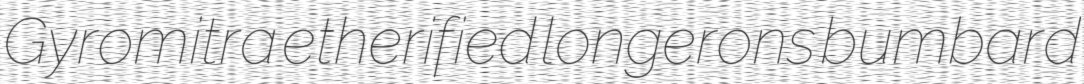
Gyromitra etherified longerons bumbard